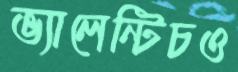
ভ্যালেন্টিচও